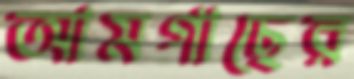
আমগাছের